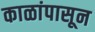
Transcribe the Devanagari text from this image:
काळांपासून